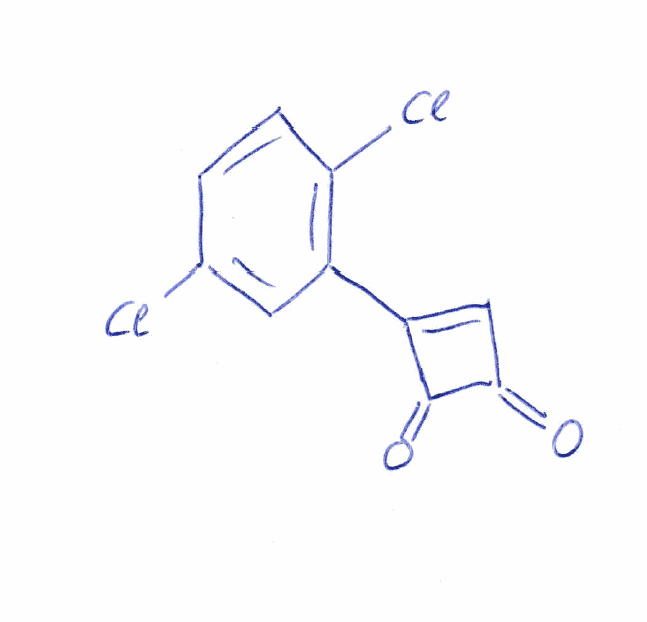
Simplified molecular-input line-entry system (SMILES) notation of the given molecule:
C1=CC(=C(C=C1Cl)C2=CC(=O)C2=O)Cl